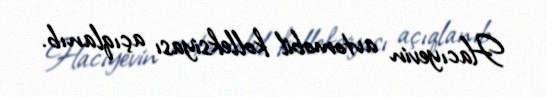
Hacıyevin avtomobil kolleksiyası açıqlanıb.